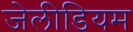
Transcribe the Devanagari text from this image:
जेलीडियम